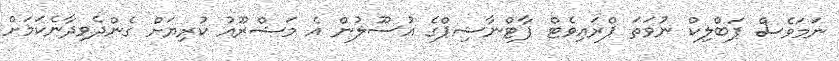
ނަމަވެސް ޕަބްލިކް ނުވަތަ ޕްރައިވެޓް ޕާޓްނާޝިޕްގެ އުސޫލުން އެ މަޝްރޫއު ކުރިޔަށް ގެންދެވިދާނެކަމަށް